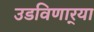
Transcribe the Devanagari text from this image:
उडविणार्‍या